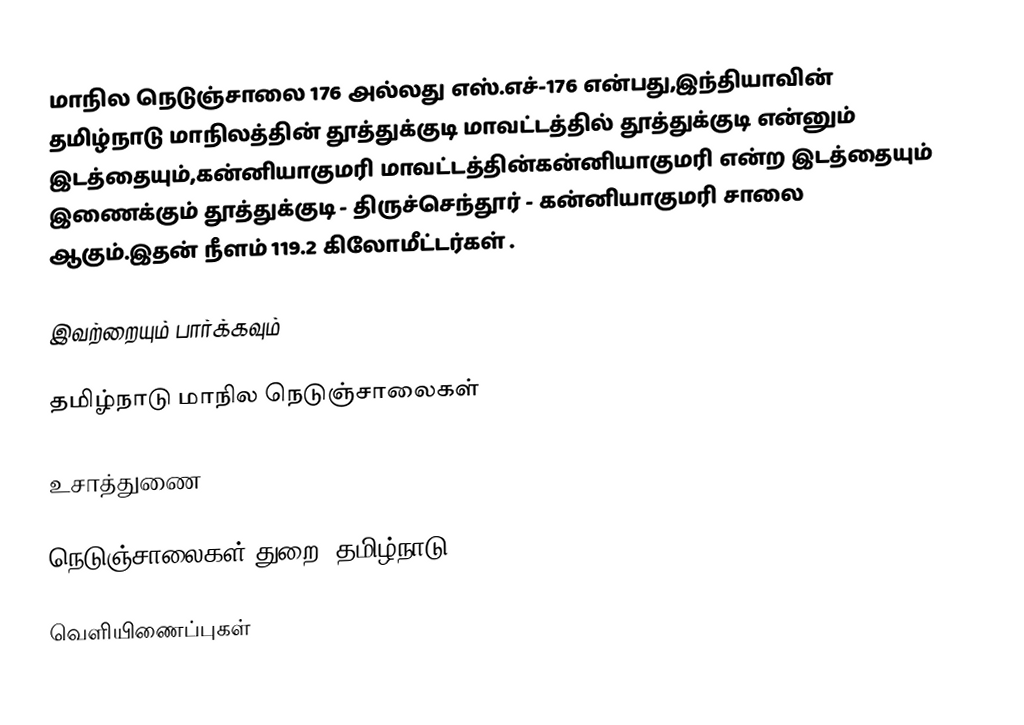
மாநில நெடுஞ்சாலை 176 அல்லது எஸ்.எச்-176  என்பது,இந்தியாவின் தமிழ்நாடு மாநிலத்தின்  தூத்துக்குடி மாவட்டத்தில்  தூத்துக்குடி  என்னும் இடத்தையும்,கன்னியாகுமரி மாவட்டத்தின்கன்னியாகுமரி  என்ற இடத்தையும் இணைக்கும் தூத்துக்குடி - திருச்செந்தூர் - கன்னியாகுமரி சாலை ஆகும்.இதன் நீளம் 119.2  கிலோமீட்டர்கள் .

இவற்றையும் பார்க்கவும்

 தமிழ்நாடு மாநில நெடுஞ்சாலைகள்

உசாத்துணை

 நெடுஞ்சாலைகள் துறை, தமிழ்நாடு

வெளியிணைப்புகள்